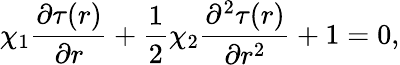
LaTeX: \chi_{1}\frac{\partial\tau(r)}{\partial r}+\frac{1}{2}\chi_{2}\frac{\partial^{2}\tau(r)}{\partial r^{2}}+1=0,